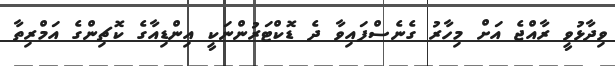
ވިދާޅުވީ ރާއްޖެ އަށް މިހާރު ގެނެސްފައިވާ ދެ ޑޮކްޓަރުންނަކީ އިންޑިއާގެ ކޮޗިންގެ އަމްރިތާ